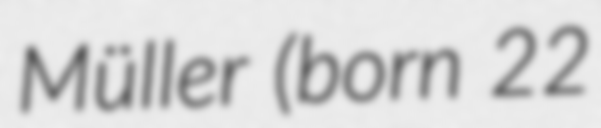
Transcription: Müller (born 22